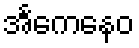
အင်္ကေနေဝ